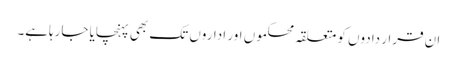
ان قرار دادوں کو متعلقہ محکموں اور اداروں تک بھی پہنچایا جارہاہے۔